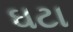
ઘટા